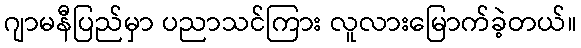
ဂျာမနီပြည်မှာ ပညာသင်ကြား လူလားမြောက်ခဲ့တယ်။